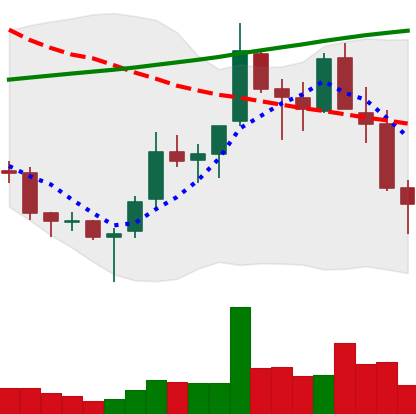
Ticker: TRX-USD
Chart end date: 2018-04-01
Forward return: 14.823%
Label: up_7plus